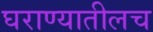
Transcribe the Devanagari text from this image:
घराण्यातीलच